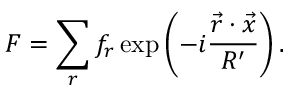
{ \cal F } = \sum _ { r } f _ { r } \exp \left( - i \frac { { \vec { r } } \cdot { \vec { x } } } { R ^ { \prime } } \right) .